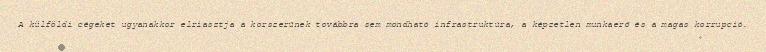
A külföldi cégeket ugyanakkor elriasztja a korszerűnek továbbra sem mondható infrastruktúra, a képzetlen munkaerő és a magas korrupció.